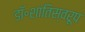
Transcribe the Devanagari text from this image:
डॉ॰शांतिस्वरूप